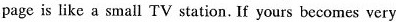
page is like a small TV station. If yours becomes very